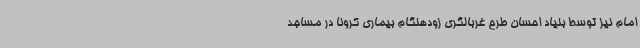
امام نیز توسط بنیاد احسان طرح غربالگری زودهنگام بیماری کرونا در مساجد